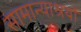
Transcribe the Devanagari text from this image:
सामान्याश्रयों